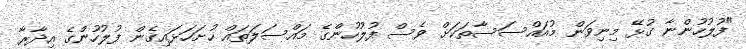
"ފުލުހުންނާ ގުޅޭ މިނިވަން މުއައްސަސާތަކަށް ވެސް ފުލުހުންގެ މައްސަލަތައް ހުށަހަޅައިގެން ފުލުހުންގެ އިދާރާ